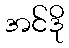
အင်ဒို